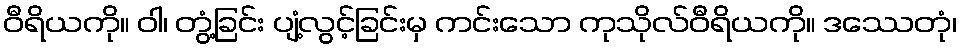
ဝီရိယကို။ ဝါ၊ တွံ့ခြင်း ပျံ့လွင့်ခြင်းမှ ကင်းသော ကုသိုလ်ဝီရိယကို။ ဒဿေတုံ၊